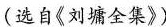
(选自《刘墉全集》)